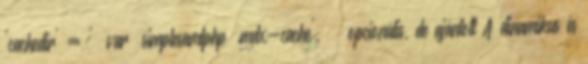
'cachedir' = ' var simplesamlphp mdx-cache', opcionális, de ajánlott A dinamikus és